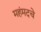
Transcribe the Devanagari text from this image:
महंमदचे